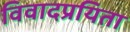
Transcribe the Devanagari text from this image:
विवादप्रयिता